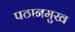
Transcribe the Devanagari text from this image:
पठानमुख